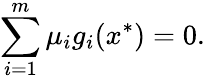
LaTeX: \sum_{i=1}^{m}\mu_{i}g_{i}(x^{*})=0.